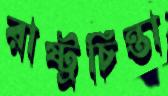
রাষ্ট্রচিন্তা